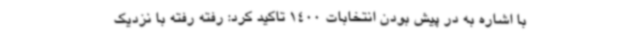
با اشاره به در پیش بودن انتخابات 1400 تاکید کرد: رفته رفته با نزدیک